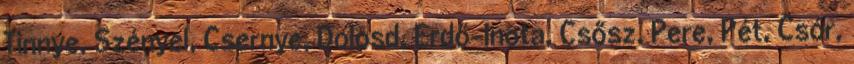
Tinnye, Szényel, Csernye, Dolosd, Erdő-Inota, Csősz, Pere, Pét, Csór,